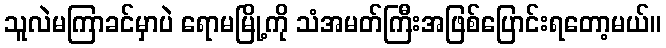
သူလဲမကြာခင်မှာပဲ ရောမမြို့ကို သံအမတ်ကြီးအဖြစ်ပြောင်းရတော့မယ်။